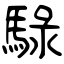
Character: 騄